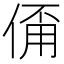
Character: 𠋊